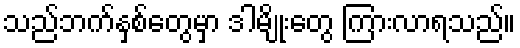
သည်ဘက်နှစ်တွေမှာ ဒါမျိုးတွေ ကြားလာရသည်။